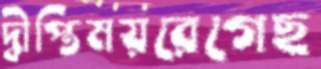
দ্বীপ্তিময়রেগেছ